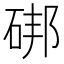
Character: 𥒷